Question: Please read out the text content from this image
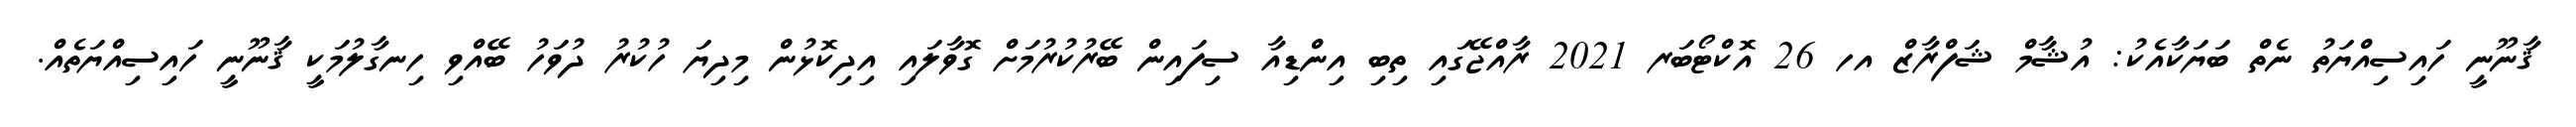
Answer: ޤާނޫނީ ހައިސިއްޔަތު ނެތް ބަޔަކާއެކު: އުޝާމް ޝަފްރާޒް އހ 26 އޮކްޓޯބަރ 2021 ރާއްޖޭގައި ތިބި އިންޑިއާ ސިފައިން ބޭރުކުރުމަށް ގޮވާލައި އިދިކޮޅުން މިދިޔަ ހުކުރު ދުވަހު ބޭއްވި ހިނގާލުމަކީ ޤާނޫނީ ހައިސިއްޔަތެއް.